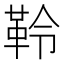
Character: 𩊂